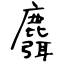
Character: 麛